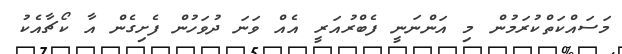
މަސައްކަތްކުރަމުން މި އަންނަނީ ފެބްރުއަރީ އެއް ވަނަ ދުވަހުން ފެށިގެން އާ ކޯޗާއެކު